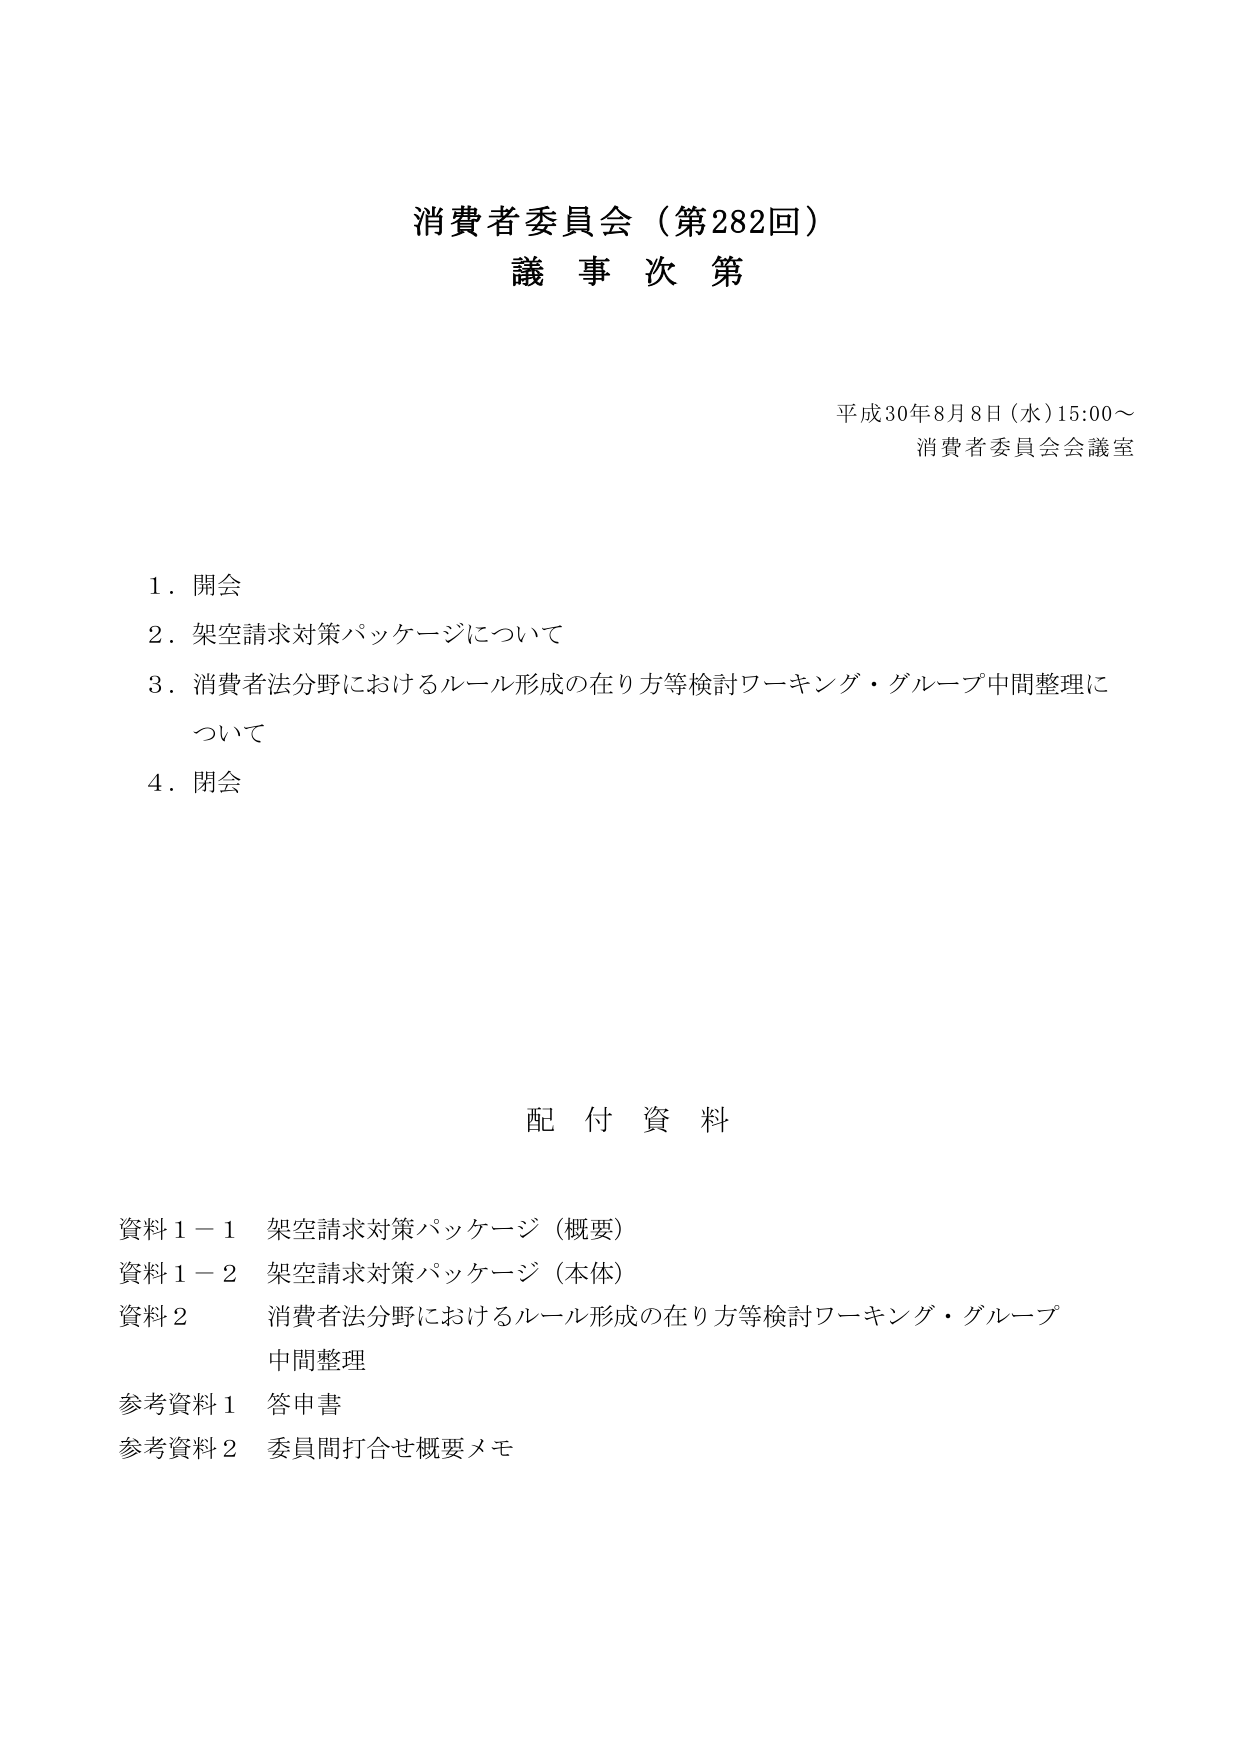
消費者委員会（第282回）
議事次第

平成30年8月8日（水）15:00～
消費者委員会会議室

1．開会
2．架空請求対策パッケージについて
3．消費者法分野におけるルール形成の在り方等検討ワーキング・グループ中間整理について
4．閉会

配付資料

資料1－1　架空請求対策パッケージ（概要）
資料1－2　架空請求対策パッケージ（本体）
資料2　消費者法分野におけるルール形成の在り方等検討ワーキング・グループ中間整理
参考資料1　答申書
参考資料2　委員間打合せ概要メモ